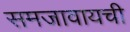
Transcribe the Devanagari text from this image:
समजावायची